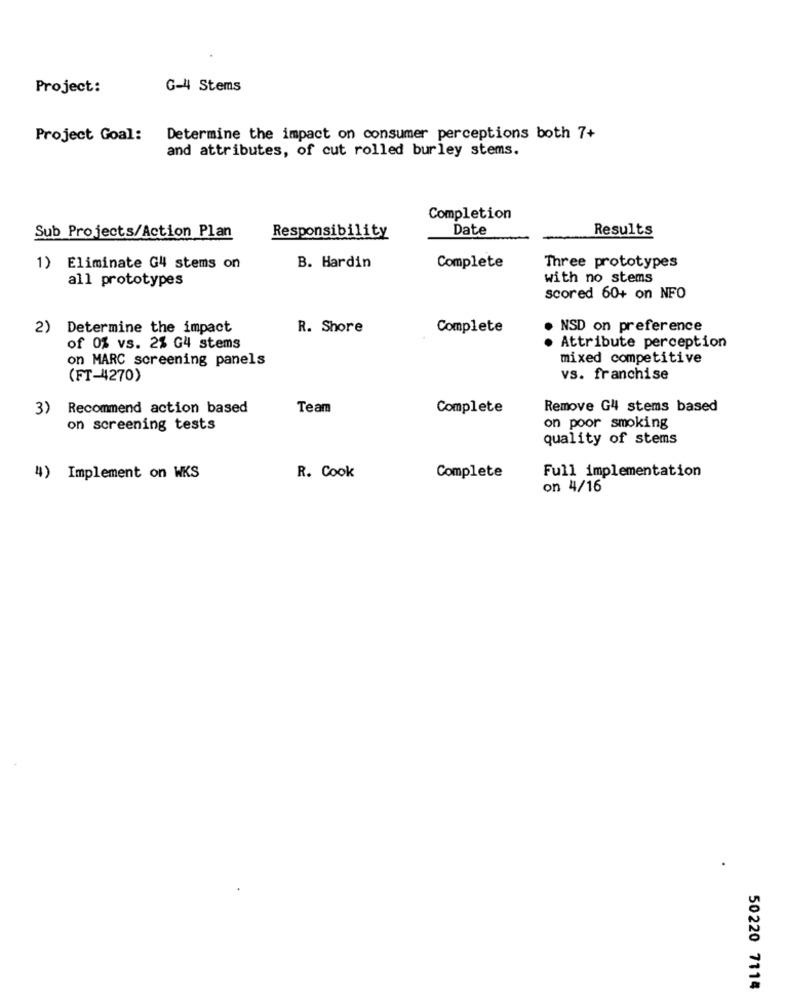
Project:
G-4 Stems
Project Goal:
Determine the impact on consumer perceptions both 7+
and attributes, of cut rolled burley stems.
Completion
Sub Projects/Action Plan
Date
Results
Responsibility
1) Eliminate G4 stems on
B. Hardin
Complete
Three prototypes
all prototypes
with no stems
scored 60+ on NFO
2) Determine the impact
R. Shore
Complete
NSD on preference
of 0% vs. 2% G4 stems
· Attribute perception
on MARC screening panels
mixed competitive
(FT-4270)
vs. franchise
3) Recommend action based
Team
Complete
Remove G4 stems based
on screening tests
on poor smoking
quality of stems
Full implementation
4) Implement on WKS
R. Cook
Complete
on 4/16
50220 7114